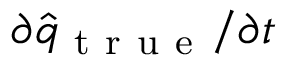
\partial { } \hat { q } _ { \mathrm { ~ t ~ r ~ u ~ e ~ } } / \partial { } t